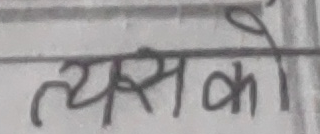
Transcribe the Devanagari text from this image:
त्यसको